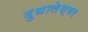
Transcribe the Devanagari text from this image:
दुधालेश्‍वर